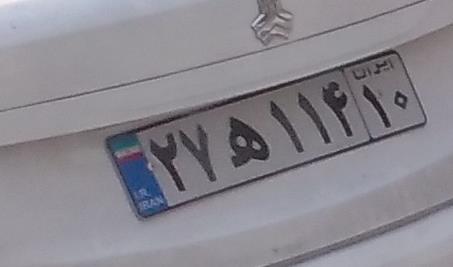
۲۷ه۱۱۴۱۰